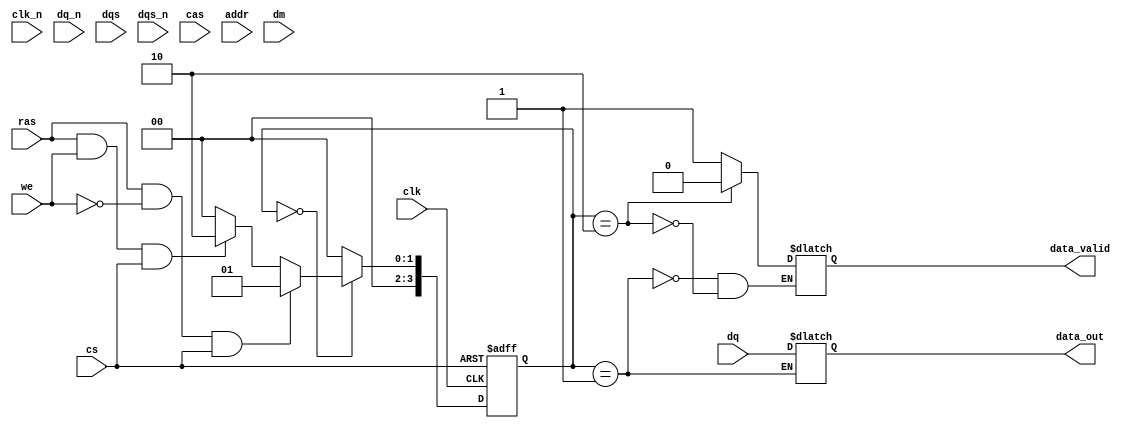
module ddr4_sdram_io (
    input wire clk,                // System clock
    input wire clk_n,              // Inverted clock
    input wire [DQ_WIDTH-1:0] dq,  // Data lines (bidirectional)
    input wire [DQ_WIDTH-1:0] dq_n, // Inverted data lines (for differential signaling)
    input wire dqs,                // Data strobe
    input wire dqs_n,              // Inverted data strobe
    input wire ras,                // Row Address Strobe
    input wire cas,                // Column Address Strobe
    input wire we,                 // Write Enable
    input wire cs,                 // Chip Select
    input wire [ADDR_WIDTH-1:0] addr, // Address lines
    input wire dm,                 // Data Mask
    output reg [DQ_WIDTH-1:0] data_out, // Output data
    output reg data_valid          // Data valid signal
);

parameter DQ_WIDTH = 8;           // Number of data lines
parameter ADDR_WIDTH = 16;        // Address width

// Internal signals
reg [DQ_WIDTH-1:0] data_in;       // Internal data register
reg [3:0] state;                   // State machine for control
reg [3:0] next_state;              // Next state for control

// State encoding
localparam IDLE      = 4'b0000;
localparam READ      = 4'b0001;
localparam WRITE     = 4'b0010;
localparam REFRESH   = 4'b0011;

// Clock domain synchronization
always @(posedge clk or negedge cs) begin
    if (!cs) begin
        state <= IDLE;
    end else begin
        state <= next_state;
    end
end

// State machine for read/write operations
always @(*) begin
    case (state)
        IDLE: begin
            if (ras && !we && cs) begin
                next_state = READ;
            end else if (ras && we && cs) begin
                next_state = WRITE;
            end else begin
                next_state = IDLE;
            end
        end
        READ: begin
            // Handle read operation
            data_out = dq; // Capture data from DQ lines
            data_valid = 1'b1; // Indicate data is valid
            next_state = IDLE; // Go back to IDLE after read
        end
        WRITE: begin
            // Handle write operation
            data_in = dq; // Capture data to be written
            data_valid = 1'b0; // Reset data valid
            next_state = IDLE; // Go back to IDLE after write
        end
        REFRESH: begin
            // Handle refresh operation
            next_state = IDLE; // Go back to IDLE after refresh
        end
        default: next_state = IDLE; // Default state
    endcase
end

// Data Masking Logic
always @(posedge clk) begin
    if (we && dm) begin
        // Mask specific bytes during write
        data_in = data_in & ~dq; // Masking logic
    end
end

// Additional functionality can be added here
// such as error correction, power management, etc.

endmodule